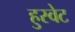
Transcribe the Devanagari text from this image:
हुस्वेट